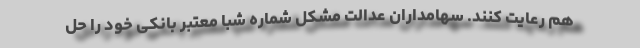
هم رعایت کنند. سهامداران عدالت مشکل شماره شبا معتبر بانکی خود را حل